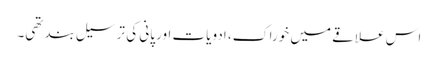
اس علاقے میں خوراک، ادویات اور پانی کی ترسیل بند تھی۔